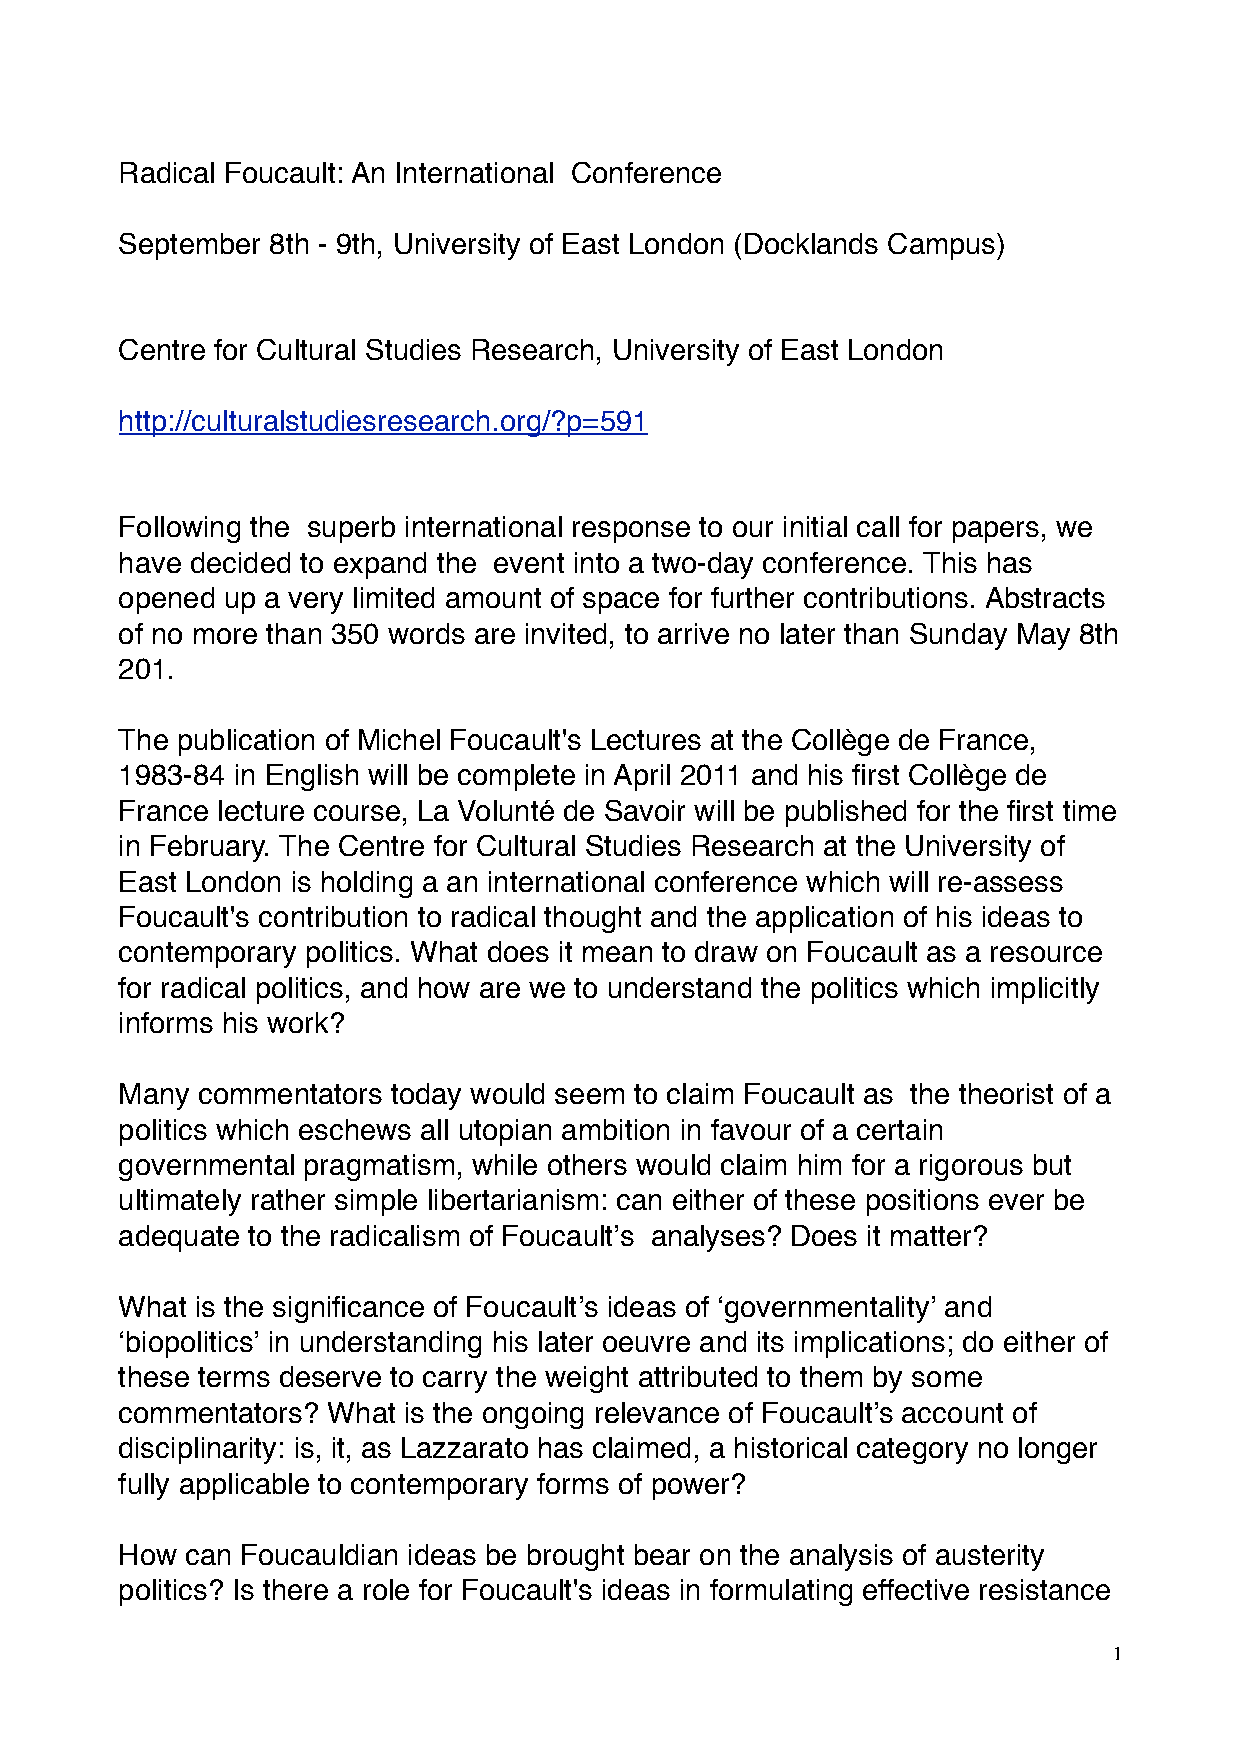
Radical Foucault: An International Conference
 September 8th - 9th, University of East London (Docklands Campus)
 Centre for Cultural Studies Research, University of East London
 http://culturalstudiesresearch.org/?p=591
 Following the superb international response to our initial call for papers, we
 have decided to expand the event into a two-day conference. This has
 opened up a very limited amount of space for further contributions. Abstracts
 of no more than 350 words are invited, to arrive no later than Sunday May 8th
 201.
 The publication of Michel Foucault's Lectures at the Collège de France,
 1983-84 in English will be complete in April 2011 and his first Collège de
 France lecture course, La Volunté de Savoir will be published for the first time
 in February. The Centre for Cultural Studies Research at the University of
 East London is holding a an international conference which will re-assess
 Foucault's contribution to radical thought and the application of his ideas to
 contemporary politics. What does it mean to draw on Foucault as a resource
 for radical politics, and how are we to understand the politics which implicitly
 informs his work?
 Many commentators today would seem to claim Foucault as the theorist of a
 politics which eschews all utopian ambition in favour of a certain
 governmental pragmatism, while others would claim him for a rigorous but
 ultimately rather simple libertarianism: can either of these positions ever be
 adequate to the radicalism of Foucaultʼs analyses? Does it matter?
 What is the significance of Foucaultʼs ideas of ʻgovernmentalityʼ and
 ʻbiopoliticsʼ in understanding his later oeuvre and its implications; do either of
 these terms deserve to carry the weight attributed to them by some
 commentators? What is the ongoing relevance of Foucaultʼs account of
 disciplinarity: is, it, as Lazzarato has claimed, a historical category no longer
 fully applicable to contemporary forms of power?
 How can Foucauldian ideas be brought bear on the analysis of austerity
 politics? Is there a role for Foucault's ideas in formulating effective resistance
 1